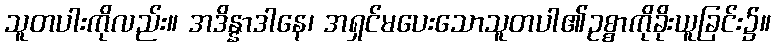
သူတပါးကိုလည်း။ အဒိန္နာဒါနေ၊ အရှင်မပေးသောသူတပါ၏ဥစ္စာကိုခိုးယူခြင်း၌။